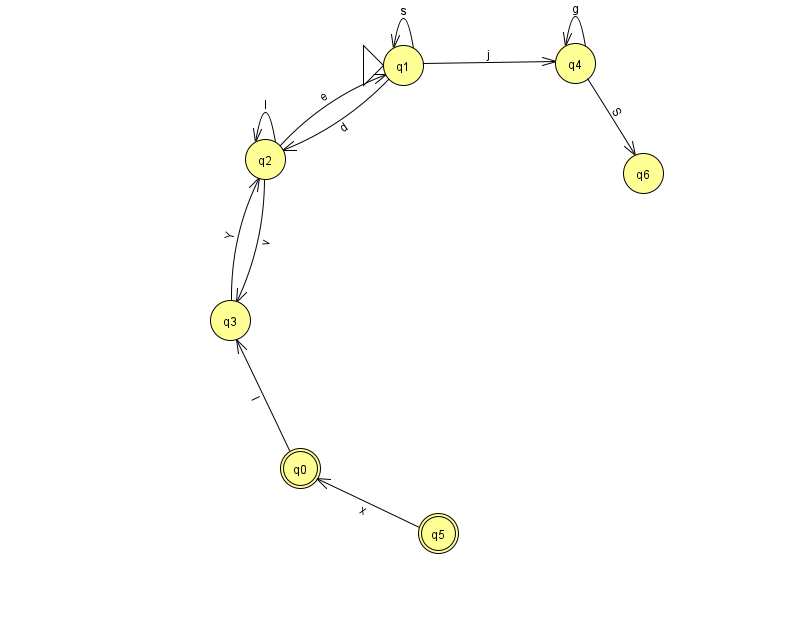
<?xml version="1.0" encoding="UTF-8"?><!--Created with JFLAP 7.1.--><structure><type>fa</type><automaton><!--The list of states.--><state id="0" name="q0"><x>300.0</x><y>455.0</y><final/></state><state id="1" name="q1"><x>403.0</x><y>52.0</y><initial/></state><state id="2" name="q2"><x>265.0</x><y>146.0</y></state><state id="3" name="q3"><x>230.0</x><y>307.0</y></state><state id="4" name="q4"><x>575.0</x><y>50.0</y></state><state id="5" name="q5"><x>438.0</x><y>520.0</y><final/></state><state id="6" name="q6"><x>643.0</x><y>160.0</y></state><!--The list of transitions.--><transition><from>1</from><to>1</to><read>s</read></transition><transition><from>5</from><to>0</to><read>x</read></transition><transition><from>3</from><to>2</to><read>Y</read></transition><transition><from>1</from><to>4</to><read>j</read></transition><transition><from>4</from><to>4</to><read>g</read></transition><transition><from>1</from><to>2</to><read>d</read></transition><transition><from>2</from><to>1</to><read>e</read></transition><transition><from>2</from><to>2</to><read>I</read></transition><transition><from>2</from><to>3</to><read>v</read></transition><transition><from>4</from><to>6</to><read>S</read></transition><transition><from>0</from><to>3</to><read>I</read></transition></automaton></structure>